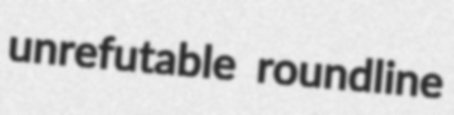
unrefutable roundline